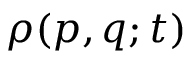
\rho ( p , q ; t )